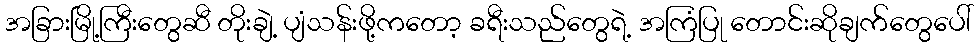
အခြားမြို့ကြီးတွေဆီ တိုးချဲ့ ပျံသန်းဖို့ကတော့ ခရီးသည်တွေရဲ့ အကြံပြု တောင်းဆိုချက်တွေပေါ်